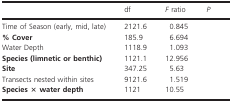
<table><thead><tr><td>[EMPTY_CELL]</td><td><b>df</b></td><td><b><i>F</i> ratio</b></td><td><b><i>P</i></b></td></tr></thead><tbody><tr><td>Time of Season (early, mid, late)</td><td>2121.6</td><td>0.845</td><td>[EMPTY_CELL]</td></tr><tr><td><b>% Cover</b></td><td>185.9</td><td>6.694</td><td>[EMPTY_CELL]</td></tr><tr><td>Water Depth</td><td>1118.9</td><td>1.093</td><td>[EMPTY_CELL]</td></tr><tr><td><b>Species (limnetic or benthic)</b></td><td>1121.1</td><td>12.956</td><td>[EMPTY_CELL]</td></tr><tr><td><b>Site</b></td><td>347.25</td><td>5.63</td><td>[EMPTY_CELL]</td></tr><tr><td>Transects nested within sites</td><td>9121.6</td><td>1.519</td><td>[EMPTY_CELL]</td></tr><tr><td><b>Species × water depth</b></td><td>1121</td><td>10.55</td><td>[EMPTY_CELL]</td></tr></tbody></table>